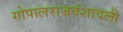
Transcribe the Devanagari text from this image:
गोपालराजवंशावली